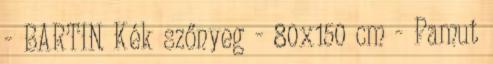
- BARTIN Kék szőnyeg - 80x150 cm - Pamut